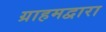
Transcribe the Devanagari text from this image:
ग्राहमद्वारा